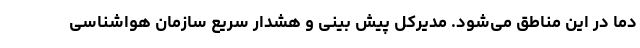
دما در این مناطق می‌شود. مدیرکل پیش بینی و هشدار سریع سازمان هواشناسی